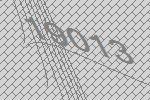
19013